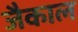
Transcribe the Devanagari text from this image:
जैकाल